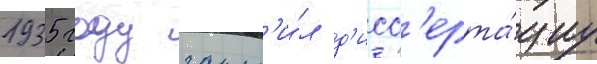
1935 году защит'и́л д'исс'ерта́циу